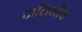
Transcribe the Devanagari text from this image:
दालिनोव